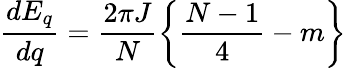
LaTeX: \frac{dE_{q}}{dq}=\frac{2\pi J}{N}\left\{ \frac{N-1}{4}-m\right\}